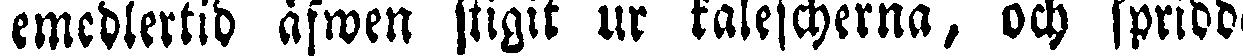
emedlertid äfwen stigit ur kalescherna, och spridde